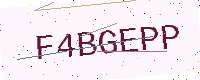
Text: F4BGEPP